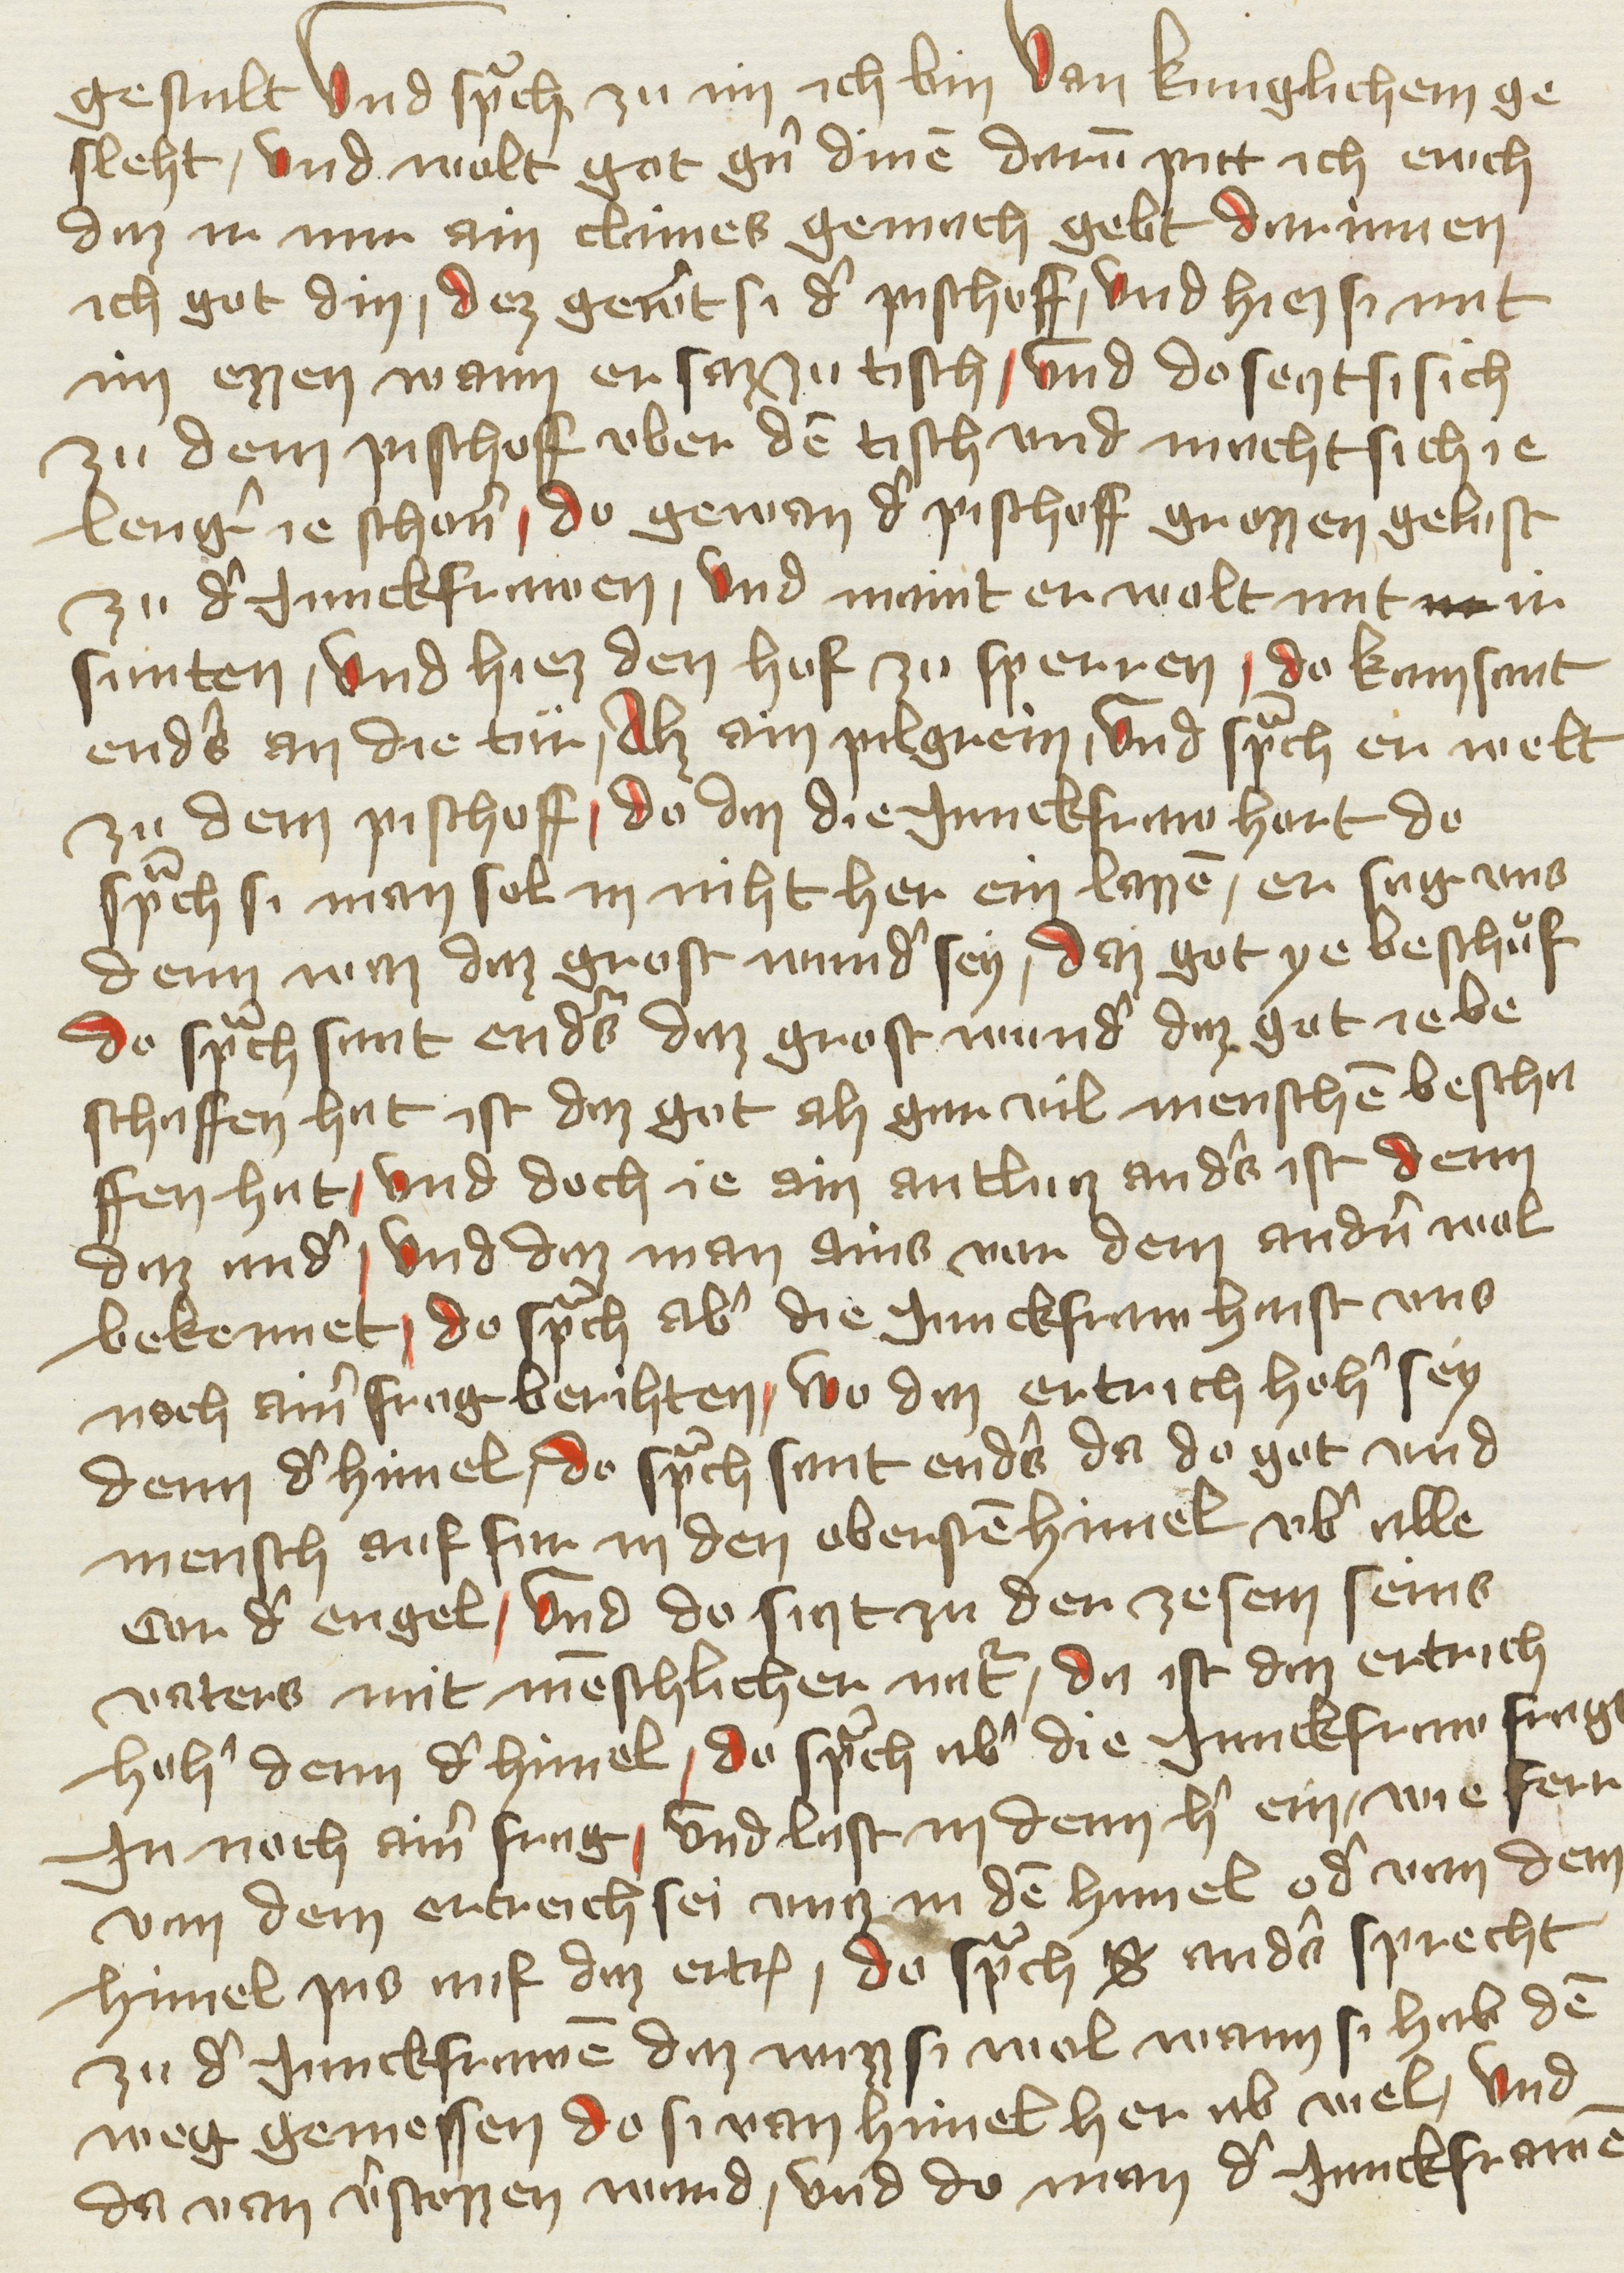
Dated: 1400–1499